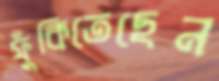
ফুঁকিতেছেন